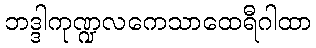
ဘဒ္ဒါကုဏ္ဍလကေသာထေရီဂါထာ